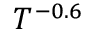
T ^ { - 0 . 6 }